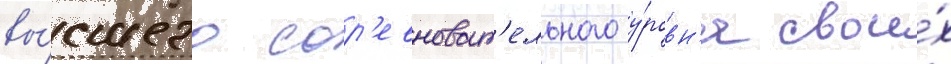
вы́сшего сор'евноват'ельного у́ровн'я свои́х